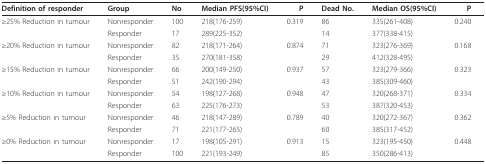
| Definition of responder | Group | No | Median PFS(95%CI) | P | Dead No. | Median OS(95%CI) | P |
 | --- | --- | --- | --- | --- | --- | --- | --- |
 | ≥25% Reduction in tumour | Nonresponder | 100 | 218(176-259) | 0.319 | 86 | 335(261-408) | 0.240 |
 |  | Responder | 17 | 289(225-352) |  | 14 | 377(338-415) |  |
 | ≥20% Reduction in tumour | Nonresponder | 82 | 218(171-264) | 0.874 | 71 | 323(276-369) | 0.168 |
 |  | Responder | 35 | 270(181-358) |  | 29 | 412(328-495) |  |
 | ≥15% Reduction in tumour | Nonresponder | 66 | 200(149-250) | 0.937 | 57 | 323(279-366) | 0.323 |
 |  | Responder | 51 | 242(190-294) |  | 43 | 385(309-460) |  |
 | ≥10% Reduction in tumour | Nonresponder | 54 | 198(127-268) | 0.948 | 47 | 320(268-371) | 0.334 |
 |  | Responder | 63 | 225(176-273) |  | 53 | 387(320-453) |  |
 | ≥5% Reduction in tumour | Nonresponder | 46 | 218(147-289) | 0.789 | 40 | 320(272-367) | 0.362 |
 |  | Responder | 71 | 221(177-265) |  | 60 | 385(317-452) |  |
 | ≥0% Reduction in tumour | Nonresponder | 17 | 198(105-291) | 0.913 | 15 | 323(195-450) | 0.448 |
 |  | Responder | 100 | 221(193-249) |  | 85 | 350(286-413) |  |